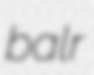
balr